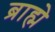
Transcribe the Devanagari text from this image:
ब्राह्मे